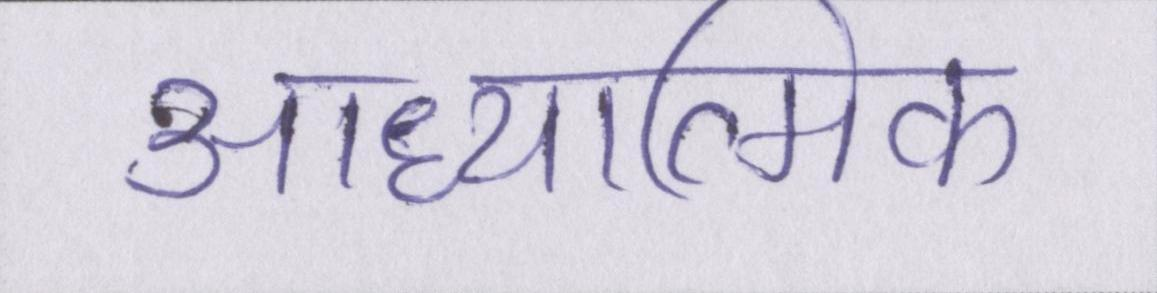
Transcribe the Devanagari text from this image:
आध्यात्मिक